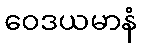
ဝေဒယမာနံ